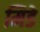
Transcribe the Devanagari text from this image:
मिडे